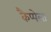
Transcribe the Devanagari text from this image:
कैप्पेला